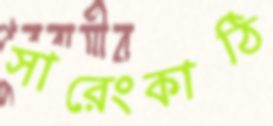
সারেংকাঠি